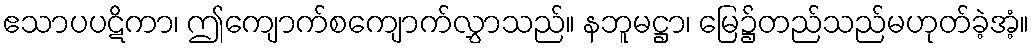
ဧသာပပဋိကာ၊ ဤကျောက်စကျောက်လွှာသည်။ နဘူမဋ္ဌာ၊ မြေ၌တည်သည်မဟုတ်ခဲ့အံ့။